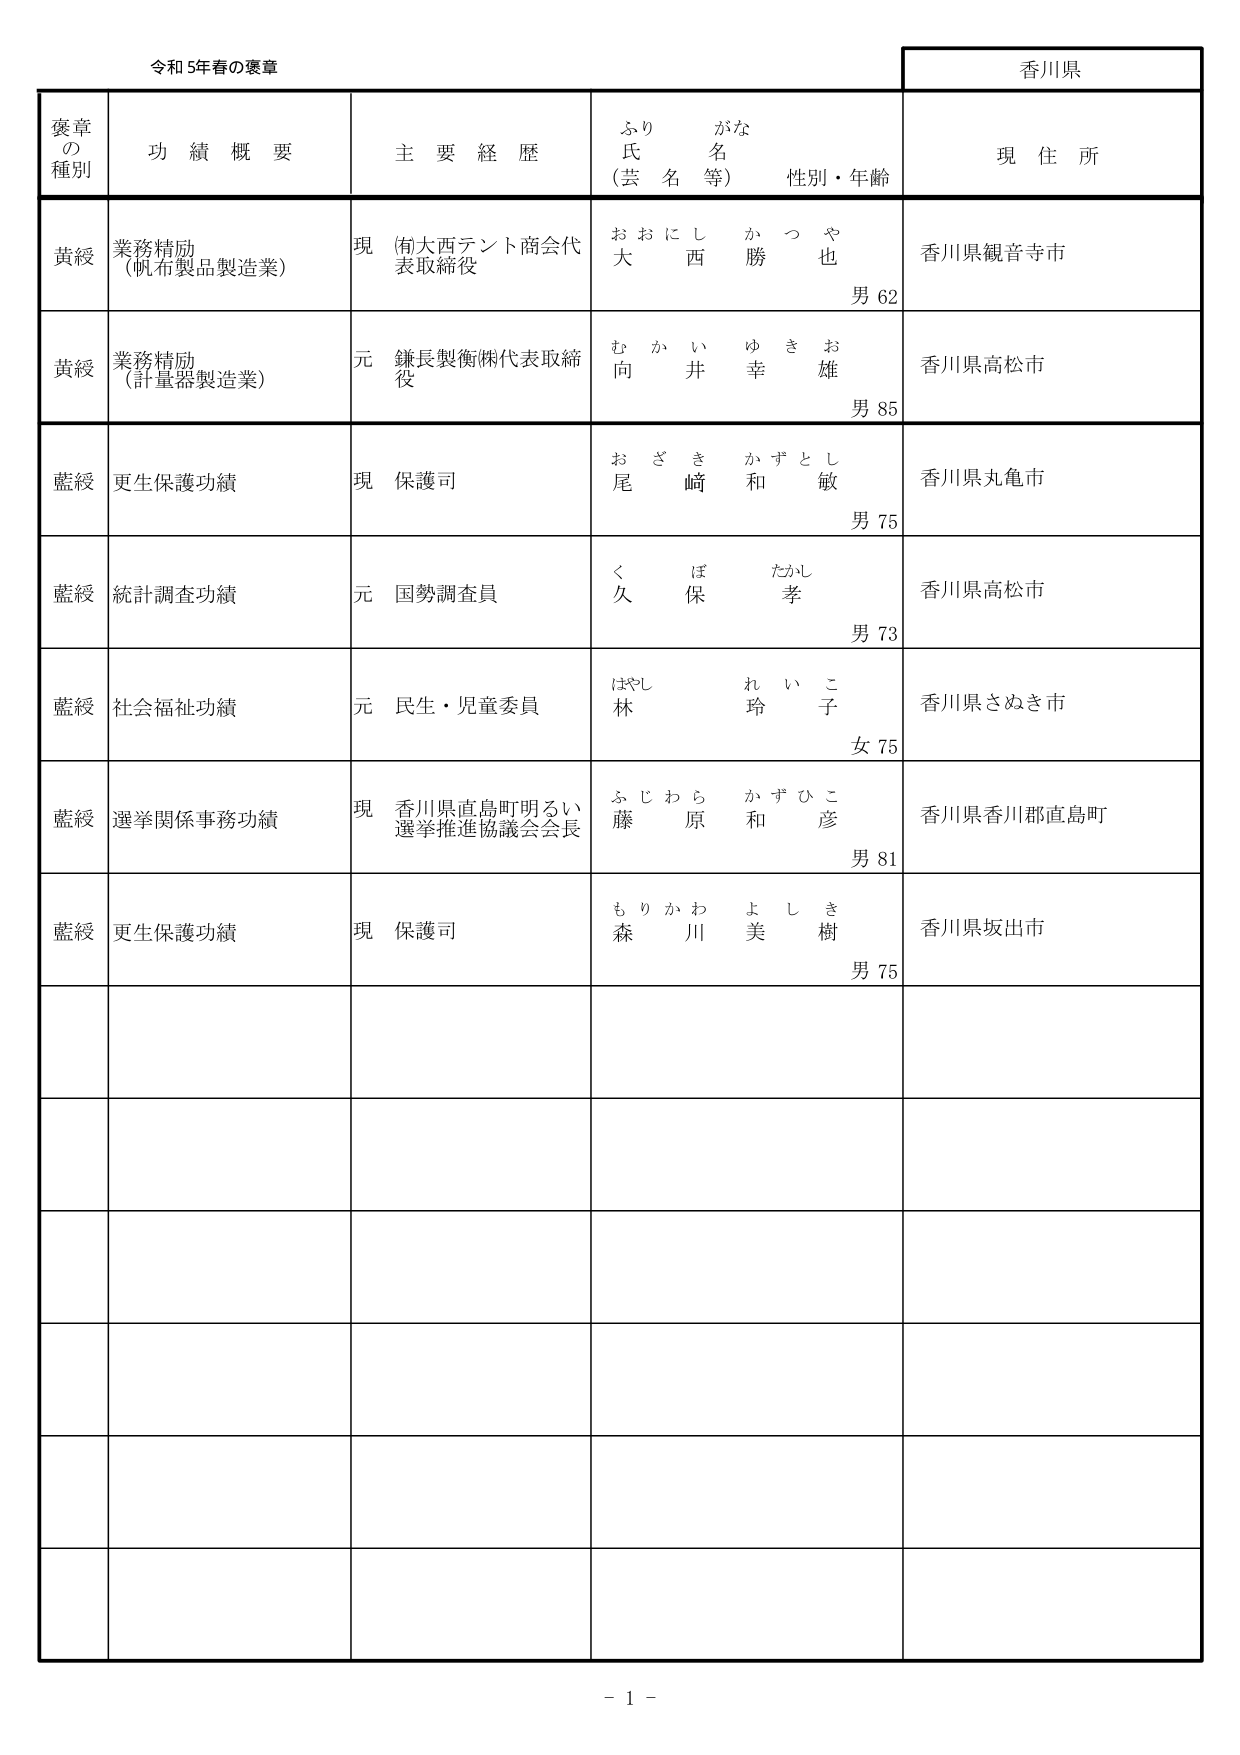
令和5年春の褒章
香川県

褒章の種別　功績概要　主要経歴　ふりがな（氏名等）　性別・年齢　現住所

黄綬　業務精励（帆布製品製造業）　現 ㈲大西テント商会代表取締役　おおにし かつや　男 62　香川県観音寺市

黄綬　業務精励（計量器製造業）　元 鎌長製衡㈱代表取締役　むかい ゆきお　男 85　香川県高松市

藍綬　更生保護功績　現 保護司　おざき かずとし　男 75　香川県丸亀市

藍綬　統計調査功績　元 国勢調査員　くぼ たかし　男 73　香川県高松市

藍綬　社会福祉功績　元 民生・児童委員　はやし れいこ　女 75　香川県さぬき市

藍綬　選挙関係事務功績　現 香川県直島町明るい選挙推進協議会会長　ふじわら かずひこ　男 81　香川県香川郡直島町

藍綬　更生保護功績　現 保護司　もりかわ よしき　男 75　香川県坂出市

－ 1 －